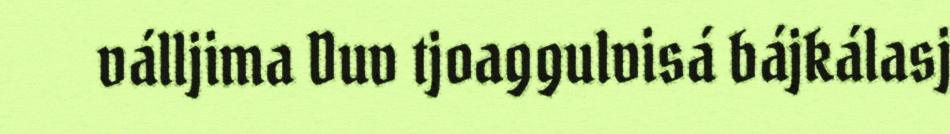
válljima Duv tjoaggulvisá bájkálasj